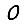
Digit: 0